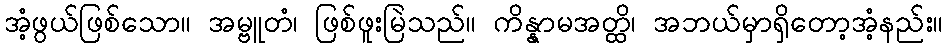
အံ့ဖွယ်ဖြစ်သော။ အမ္ဗူတံ၊ ဖြစ်ဖူးမြဲသည်။ ကိန္နာမအတ္ထိ၊ အဘယ်မှာရှိတော့အံ့နည်း။